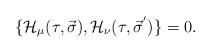
LaTeX: \begin{align*}\lbrace {\cal H}_{\mu}(\tau ,\vec \sigma ),{\cal H}_{\nu}(\tau ,{\vec \sigma}^{'})\rbrace =0.\end{align*}